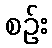
စဉ်း